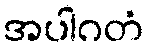
အပါဂတံ